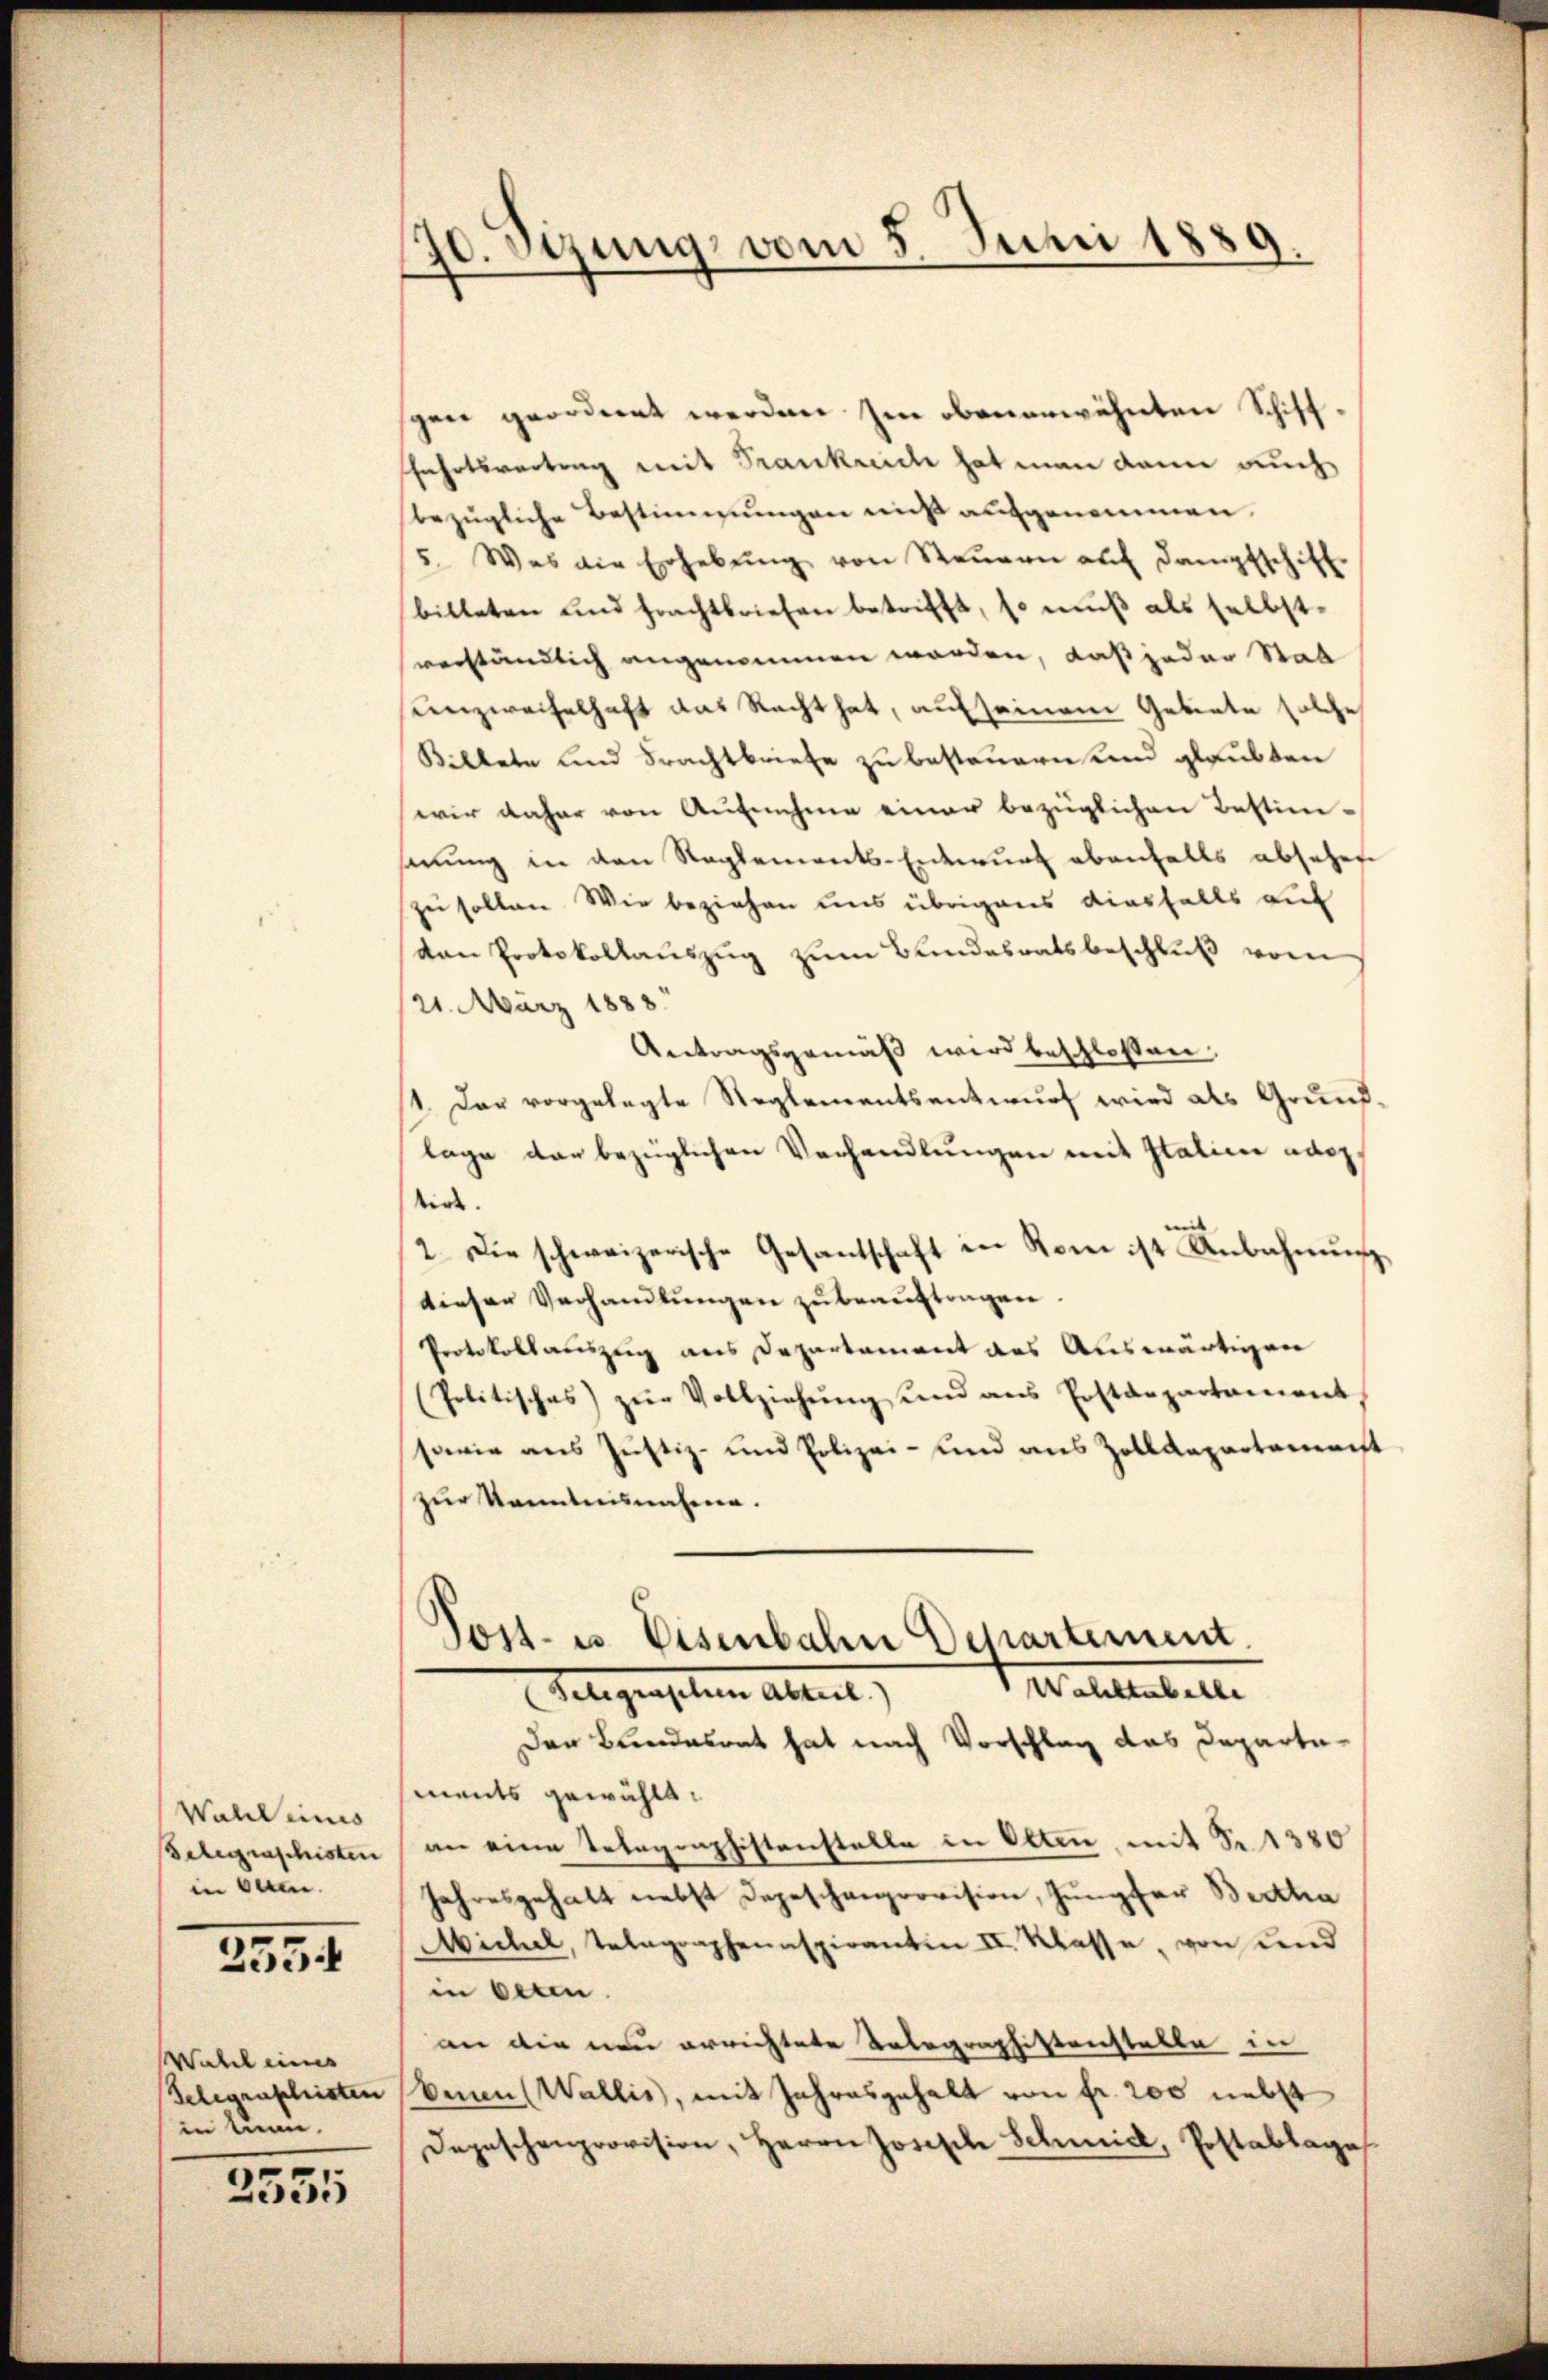
Wald eines
Belegraphisten
in kam.

2354

Wahl eines
Telegraphisten
in man.

3535

70. Setzung vom 5. Juni 1889.

spen geordnet werden im obenerwähnten Schiff
fahrtsvertrag mit Frankreiche hat man dann auch
bezügliche Bestimmungen nicht aufgenommen.
5. Was die Erhebŭng von Steŭern aŭf Dampfschitz
bitteten und Frachtbriefen betrifft, so muß als selbstverständlich angenommen worden, daß jeder Stad
Unzweifelhaft das Recht hat, auf seinem Gebiete solche
Killete und Frachtbriefe zu besteuern und glaubten
(wir daher von Aufnahme einer bezüglichen Bestim-
senung in den Reglements-Entwurf ebenfalls absetzen
zu sollen. Wir beziehen uns übrigens diesfalls auf
dan Protokollauszug zum Bundesratsbeschluß vom
21. März 1888.
Antragsgemäß wird beschlossen,
1. Das vorgelegte Reglementsentwurf wird als Grundlage der bezüglichen Verhandlungen mit Italier adoptirt.
mit |
2. Die schweizerische Gesantschaft in Rom ist Anbahnŭng
dieser Verhandlungen zu beauftragen.
Protokollauszug aus Departement aus Auswärtigen
Politisches zŭr Vollziehŭng und aus Postdepartament,
sowie aus Justiz- und Polizei- und aus Zolldepartement
zur Kenntnisnahme.
Post- u. Eisenbahn Departement.
4 allenbette
Telegens dem Alterl
Der Bundesrat hat nach Vorschlag das Departements gewählt:
an eine Telegraphistenstelle in Olten, mit S. 1380
Jahresgehalt nebst Depeschneprovision, Jungfer Bertha
Michel, Telegraphenaspiranten II. Klasse, von und
in Oeten.
an die nun errichtete Telegraphistenstalte in
ben (Wallis, mit Jahresgehalt von fr. 200 nebst
Depeschenprovision, Herrn Josische Schmidl, Postablage